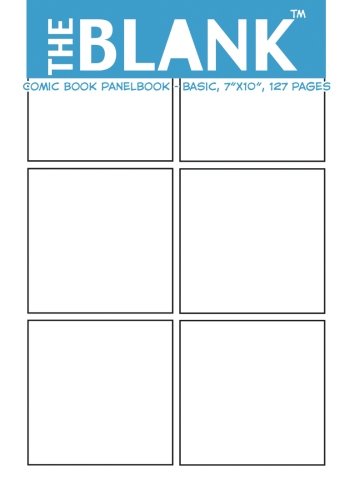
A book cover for The Blank Comic Book Panelbook - Basic, 7"x10", 127 Pages; About Comics; Comics & Graphic Novels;